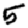
Digit: 5